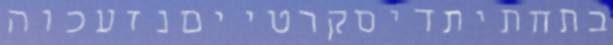
בתחתיתדיסקרטייםנזעכוה